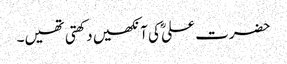
حضرت علیؓ کی آنکھیں دکھتی تھیں۔